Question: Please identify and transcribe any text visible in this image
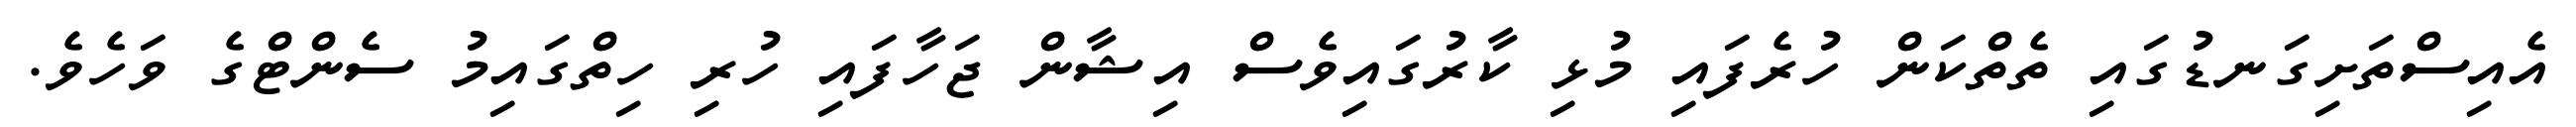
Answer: އެއިސްތަށިގަނޑުގައި ތެތްކަން ހުރެފައި މުޅި ކާރުގައިވެސް އިޝާން ޖަހާފައި ހުރި ހިތްގައިމު ސެންޓްގެ ވަހެވެ.